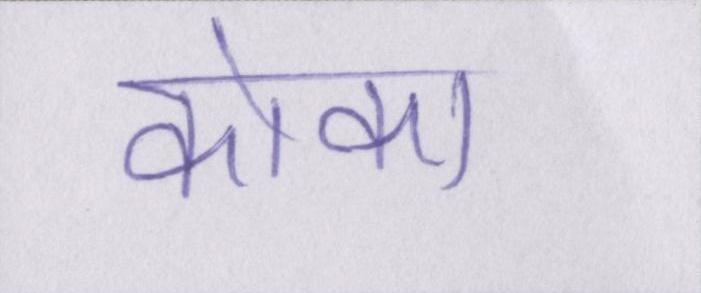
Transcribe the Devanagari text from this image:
कोका